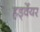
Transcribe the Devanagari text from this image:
हर्ड्वेयर